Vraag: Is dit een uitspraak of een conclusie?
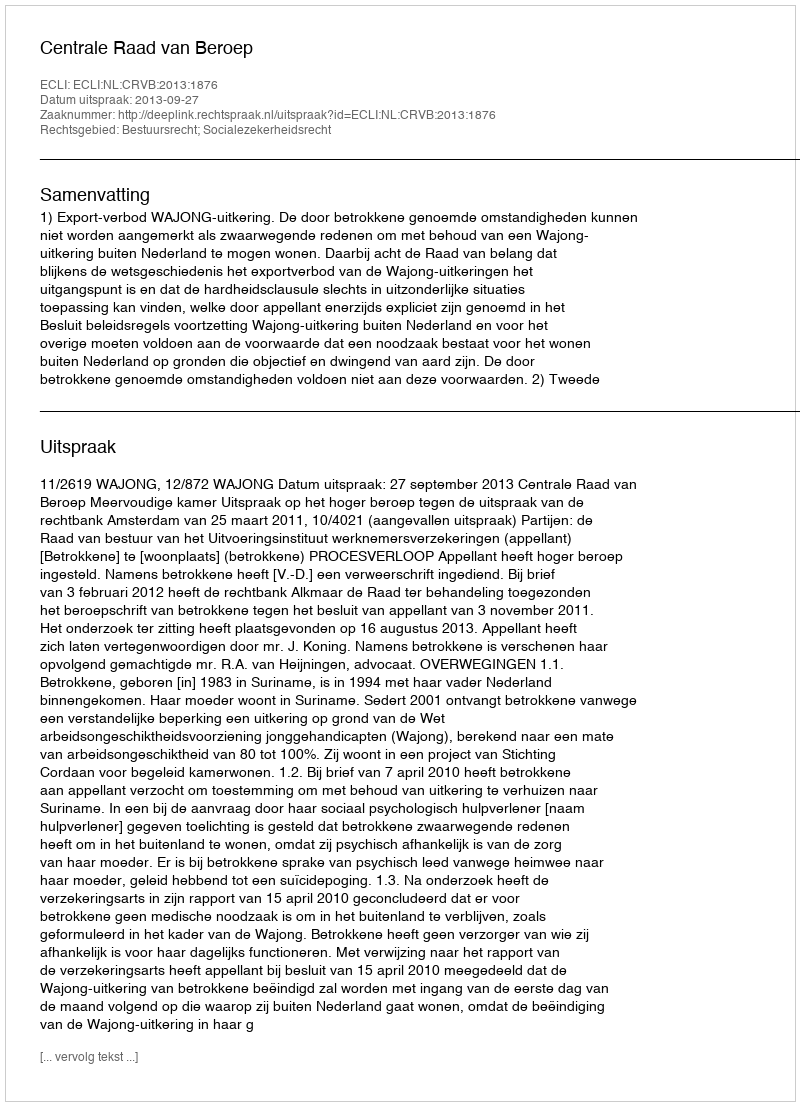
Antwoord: Uitspraak